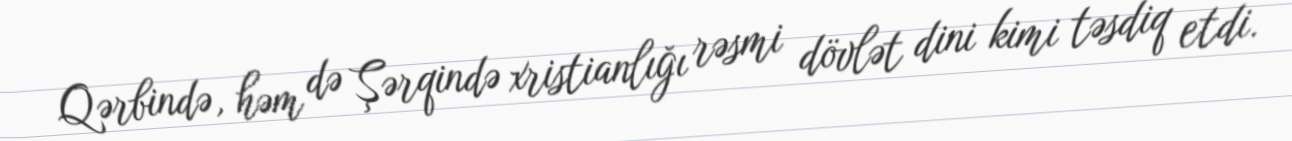
Qərbində, həm də Şərqində xristianlığı rəsmi dövlət dini kimi təsdiq etdi.